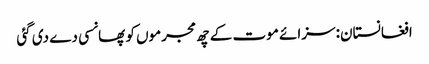
افغانستان: سزائے موت کے چھ مجرموں کو پھانسی دے دی گئی